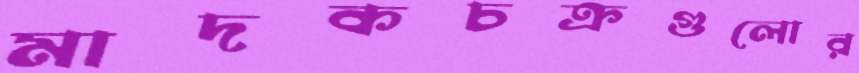
মাদকচক্রগুলোর